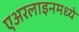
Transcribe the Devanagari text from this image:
एअरलाइनमध्ये